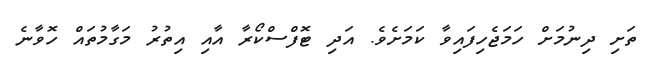
ތަށި ދިނުމަށް ހަމަޖެހިފައިވާ ކަމަށެވެ. އަދި ޓޮފްސްކޯރާ އާއި އިތުރު މަގާމުތައް ހޮޮވާނެ